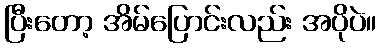
ပြီးတော့ အိမ်ပြောင်းလည်း အပိုပဲ။